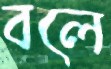
বলে